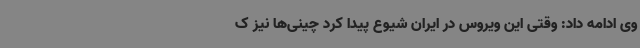
وی ادامه داد: وقتی این ویروس در ایران شیوع پیدا کرد چینی‌ها نیز ک